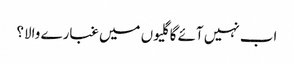
اب نہیں آئے گا گلیوں میں غبارے والا؟